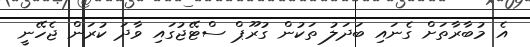
އެ މުބާރާތަށް ގެނައި ބަދަލު ތަކުން ގުރޫޕް ސްޓޭޖުގައި ވާދަ ކުރަން ޖެހޭނީ